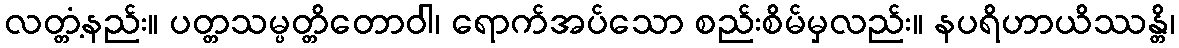
လတ္တံ့နည်း။ ပတ္တသမ္ပတ္တိတောဝါ၊ ရောက်အပ်သော စည်းစိမ်မှလည်း။ နပရိဟာယိဿန္တိ၊